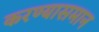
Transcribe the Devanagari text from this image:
करण्यासमान